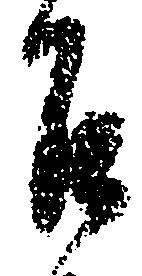
召